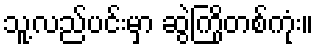
သူ့လည်ပင်းမှာ ဆွဲကြိုတစ်ကုံး။